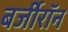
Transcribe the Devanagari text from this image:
बर्जीरॉन